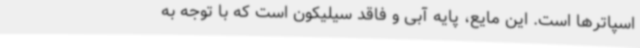
اسپاترها است. این مایع، پایه آبی و فاقد سیلیکون است که با توجه به